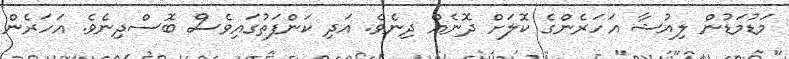
މަޑުމަޑުން ލިއުޝާ އަހަރެންގެ ކޮލަށް ދޮނެއް ދިނެވެ. އަދި ކަންފަތުގައިވެސް ބޮސްދިނެވެ. އަހަރެން